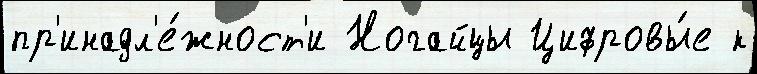
пр'инадл'е́жност'и Ногайцы Цифровы́е к